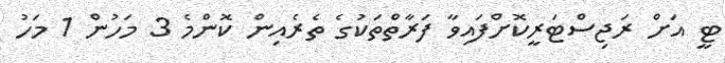
ޓީ އަށް ރަޖިސްޓަރީކޮށްފައިވާ ފަރާތްތަކުގެ ތެރެއިން ކޮންމެ 3 މަހުން 1 މަހު